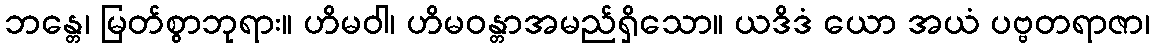
ဘန္တေ၊ မြတ်စွာဘုရား။ ဟိမဝါ၊ ဟိမဝန္တာအမည်ရှိသော။ ယဒိဒံ ယော အယံ ပဗ္ဗတရာဇာ၊